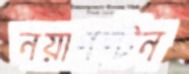
নয়াপল্টন